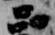
品